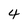
Character: 4